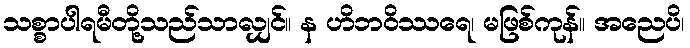
သစ္စာပါရမီတို့သည်သာလျှင်။ န ဟိဘဝိဿရေ၊ မဖြစ်ကုန်။ အညေပိ၊